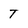
Character: T